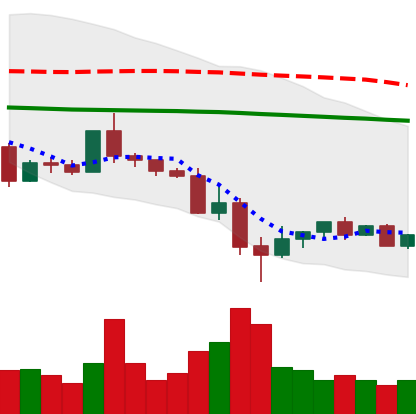
Ticker: ETC-USD
Chart end date: 2022-05-19
Forward return: 16.13%
Label: up_7plus